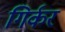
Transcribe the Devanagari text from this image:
गिर्कर